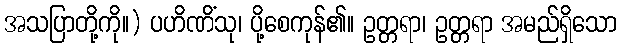
အသပြာတို့ကို။) ပဟိဏိံသု၊ ပို့စေကုန်၏။ ဥတ္တရာ၊ ဥတ္တရာ အမည်ရှိသော